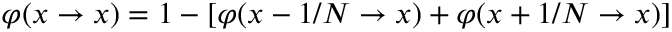
\varphi ( x \to x ) = 1 - [ \varphi ( x - 1 / N \to x ) + \varphi ( x + 1 / N \to x ) ]